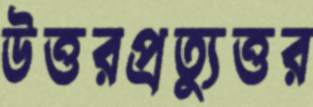
উত্তরপ্রত্যুত্তর